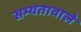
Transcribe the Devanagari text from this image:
सभ्यतावाले